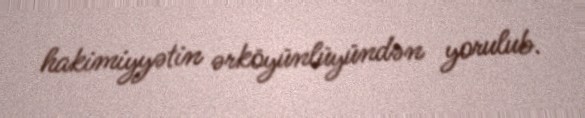
hakimiyyətin ərköyünlüyündən yorulub.